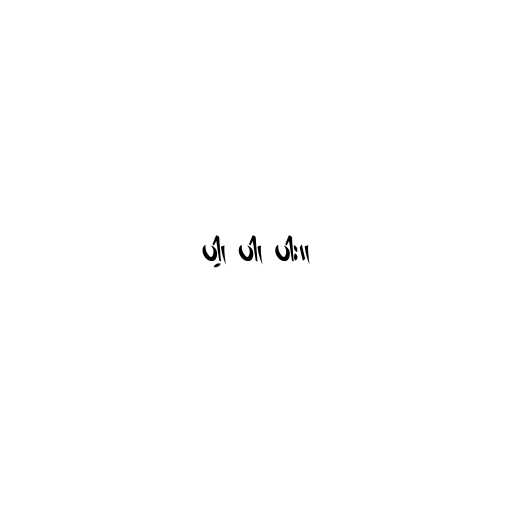
ပါ့၊ ပါ၊ ပါး။